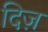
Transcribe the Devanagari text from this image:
दिज़